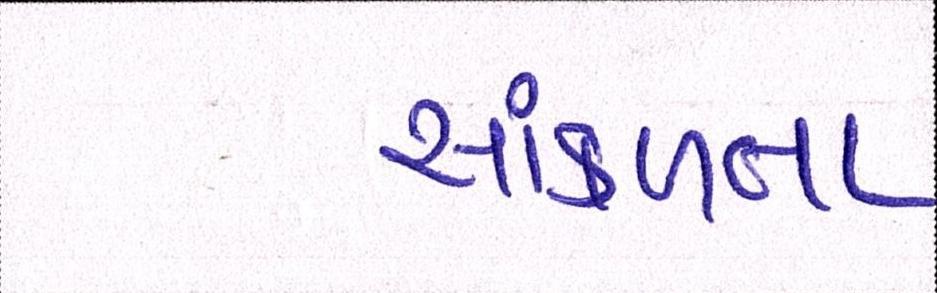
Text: સાંકળતા